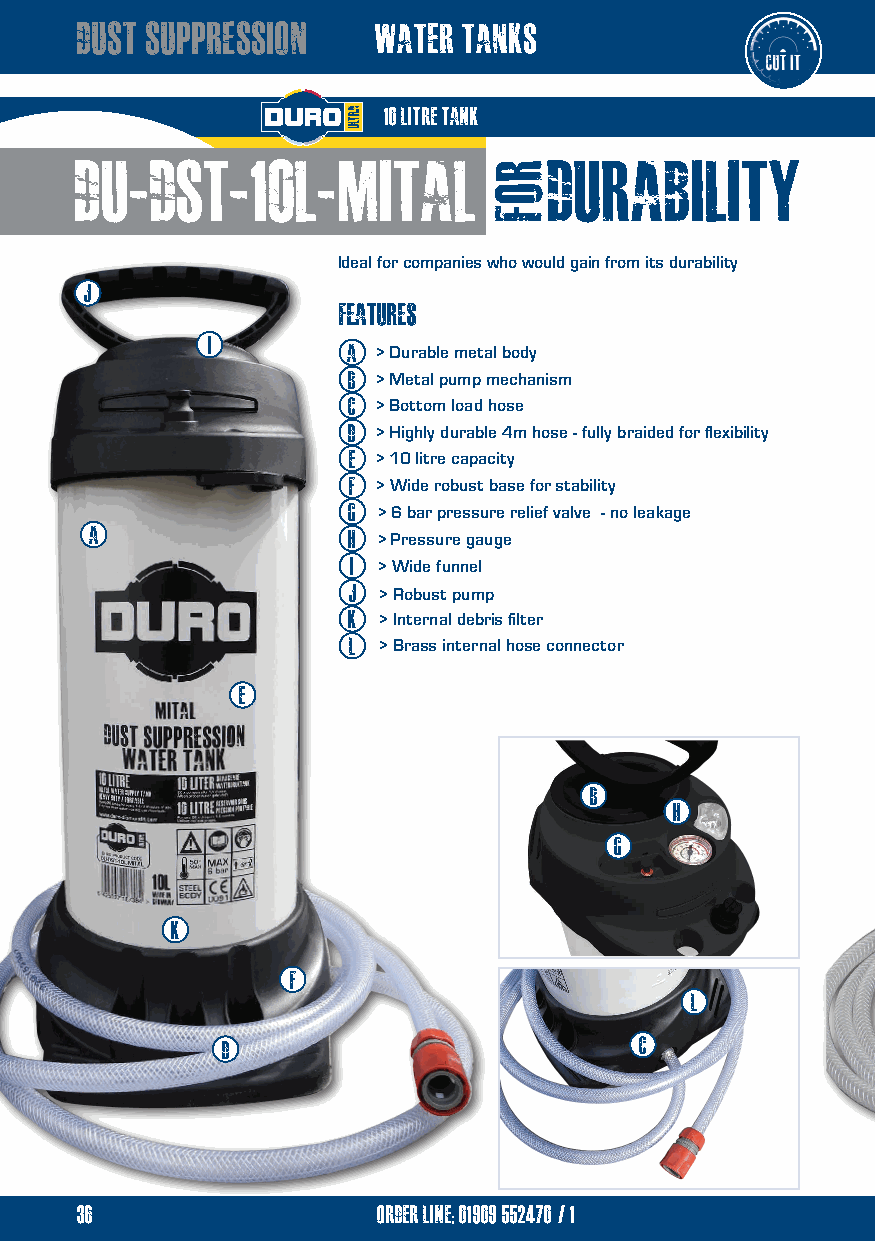
dust Suppression    water tanks
 10 litre tank
 du-dst-10l-mital               durability
 Ideal for companies who would gain from its durability
 j
 features
 i
 A > Durable metal body
 b > Metal pump mechanism
 c > Bottom load hose
 d > Highly durable 4m hose - fully braided for flexibility
 e > 10 litre capacity
 f > Wide robust base for stability
 g > 6 bar pressure relief valve - no leakage
 A                h > Pressure gauge
 i > Wide funnel
 j > Robust pump
 k > Internal debris filter
 l > Brass internal hose connector
 e
 b
 h
 g
 k
 f
 l
 d                          c
 36                  order line; 01909 552470/1
 ROF
 EM
 ESU
 rof